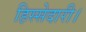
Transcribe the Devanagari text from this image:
हिस्सेदारी।